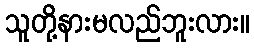
သူတို့နားမလည်ဘူးလား။